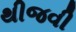
થીજવી